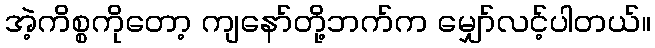
အဲ့ကိစ္စကိုတော့ ကျနော်တို့ဘက်က မျှော်လင့်ပါတယ်။